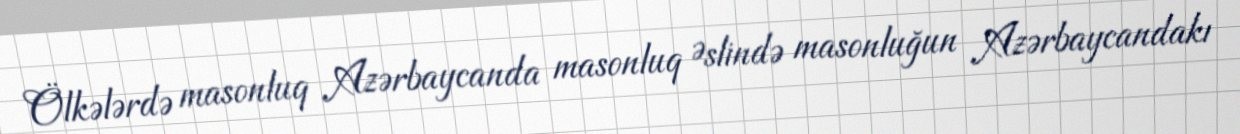
Ölkələrdə masonluq Azərbaycanda masonluq Əslində masonluğun Azərbaycandakı